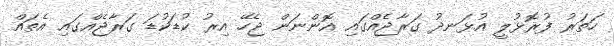
ހަތަރު ފުރޮޅުލީ އުޅަނދު ގަރާޖެއްގައި އޮންނަން ޖެހޭ އިރު ކުޑަކުޑަ ގަރާޖެއްގައި އެތައް